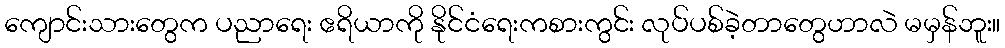
ကျောင်းသားတွေက ပညာရေး ဧရိယာကို နိုင်ငံရေးကစားကွင်း လုပ်ပစ်ခဲ့တာတွေဟာလဲ မမှန်ဘူး။